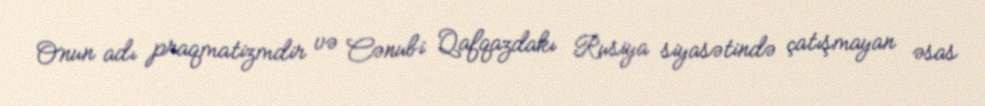
Onun adı praqmatizmdir və Cənubi Qafqazdakı Rusiya siyasətində çatışmayan əsas